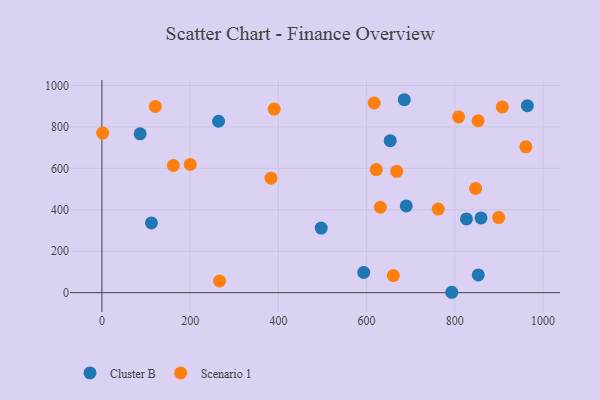
{"axis": {"x": "Engine Size", "y": "Sales"}, "legend": ["Cluster B", "Scenario 1"], "data": [{"x": "859.3", "y": 360.8, "type": "Cluster B"}, {"x": "86.6", "y": 766.6, "type": "Cluster B"}, {"x": "264.4", "y": 827.3, "type": "Cluster B"}, {"x": "853.1", "y": 85.6, "type": "Cluster B"}, {"x": "653.5", "y": 733.4, "type": "Cluster B"}, {"x": "826.3", "y": 355.7, "type": "Cluster B"}, {"x": "112.2", "y": 336.7, "type": "Cluster B"}, {"x": "497.1", "y": 311.7, "type": "Cluster B"}, {"x": "685.4", "y": 931.2, "type": "Cluster B"}, {"x": "793.0", "y": 1.9, "type": "Cluster B"}, {"x": "593.4", "y": 97.7, "type": "Cluster B"}, {"x": "689.8", "y": 418.5, "type": "Cluster B"}, {"x": "964.4", "y": 902.4, "type": "Cluster B"}, {"x": "266.7", "y": 56.2, "type": "Scenario 1"}, {"x": "907.5", "y": 896.6, "type": "Scenario 1"}, {"x": "808.5", "y": 848.2, "type": "Scenario 1"}, {"x": "899.3", "y": 362.3, "type": "Scenario 1"}, {"x": "631.1", "y": 412.3, "type": "Scenario 1"}, {"x": "960.9", "y": 703.7, "type": "Scenario 1"}, {"x": "660.4", "y": 82.3, "type": "Scenario 1"}, {"x": "200.3", "y": 618.8, "type": "Scenario 1"}, {"x": "390.5", "y": 886.3, "type": "Scenario 1"}, {"x": "161.9", "y": 613.7, "type": "Scenario 1"}, {"x": "668.2", "y": 585.4, "type": "Scenario 1"}, {"x": "617.2", "y": 915.5, "type": "Scenario 1"}, {"x": "852.7", "y": 829.8, "type": "Scenario 1"}, {"x": "762.4", "y": 403.4, "type": "Scenario 1"}, {"x": "121.0", "y": 899.0, "type": "Scenario 1"}, {"x": "383.3", "y": 552.7, "type": "Scenario 1"}, {"x": "847.0", "y": 503.2, "type": "Scenario 1"}, {"x": "621.8", "y": 594.0, "type": "Scenario 1"}, {"x": "1.6", "y": 770.1, "type": "Scenario 1"}]}